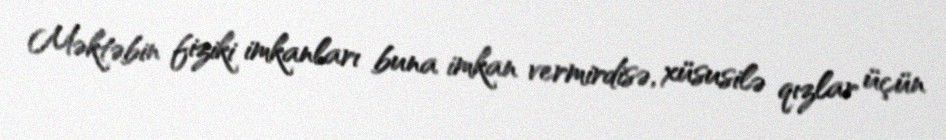
Məktəbin fiziki imkanları buna imkan vermirdisə, xüsusilə qızlar üçün